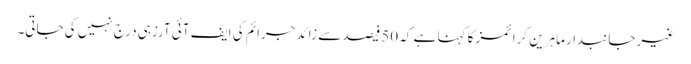
غیر جانبدار ماہرین کرا ئمز کا کہنا ہے کہ 50فیصد سے زائد جرائم کی ایف آئی آرزہی درج نہیں کی جاتی۔